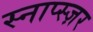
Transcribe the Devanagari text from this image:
स्नाप्स्ज़र